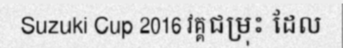
Suzuki Cup 2016 វគ្គជម្រុះ ដែល